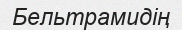
Бельтрамидің